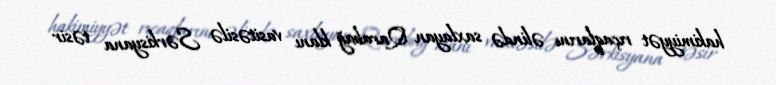
hakimiyyət rıçaqlarını əlində saxlayan Qarabağ klanı vasitəsilə Sərkisyana təsir